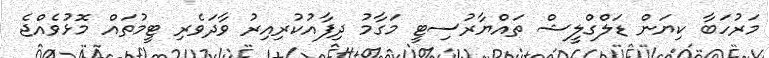
މަރުހަބާ ކިޔަން ޑަލްގްލީޝް ތައްޔާރުސިޓީ މަގާމު ދިފާއުކުރިއިރު ވާދަވެރި ޓީމުތައް މޮޅުވެއްޖެ